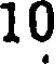
10